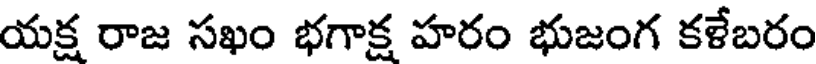
యక్ష రాజ సఖం భగాక్ష హరం భుజంగ కళేబరం